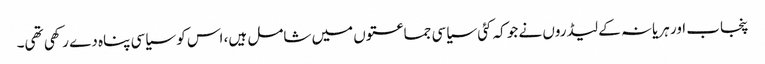
پنجاب اور ہریانہ کے لیڈروں نے جو کہ کئی سیاسی جماعتوں میں شامل ہیں، اس کو سیاسی پناہ دے رکھی تھی۔